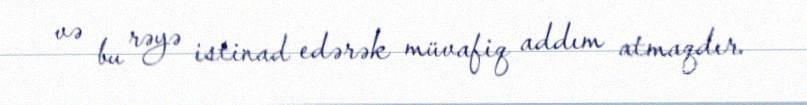
və bu rəyə istinad edərək müvafiq addım atmaqdır.